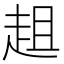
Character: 趄